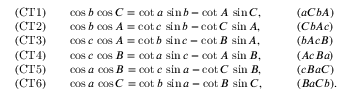
\begin{array} { l l l } { { \mathrm { ( C T 1 ) } } \quad } & { \cos b \, \cos C = \cot a \, \sin b - \cot A \, \sin C , \qquad } & { ( a C b A ) } \\ { { \mathrm { ( C T 2 ) } } } & { \cos b \, \cos A = \cot c \, \sin b - \cot C \, \sin A , } & { ( C b A c ) } \\ { { \mathrm { ( C T 3 ) } } } & { \cos c \, \cos A = \cot b \, \sin c - \cot B \, \sin A , } & { ( b A c B ) } \\ { { \mathrm { ( C T 4 ) } } } & { \cos c \, \cos B = \cot a \, \sin c - \cot A \, \sin B , } & { ( A c B a ) } \\ { { \mathrm { ( C T 5 ) } } } & { \cos a \, \cos B = \cot c \, \sin a - \cot C \, \sin B , } & { ( c B a C ) } \\ { { \mathrm { ( C T 6 ) } } } & { \cos a \, \cos C = \cot b \, \sin a - \cot B \, \sin C , } & { ( B a C b ) . } \end{array}